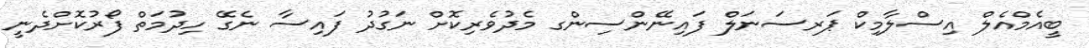
ބީއެމްއެލް އިސްލާމިކް ޕަރސަނަލް ފައިނޭންސިންގ މެދުވެރިކޮށް ނަގުދު ފައިސާ ނެގޭ ހިދުމަތް ފޯރުކޮށްދެނީ